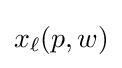
\displaystyle x_{\ell }(p,w)